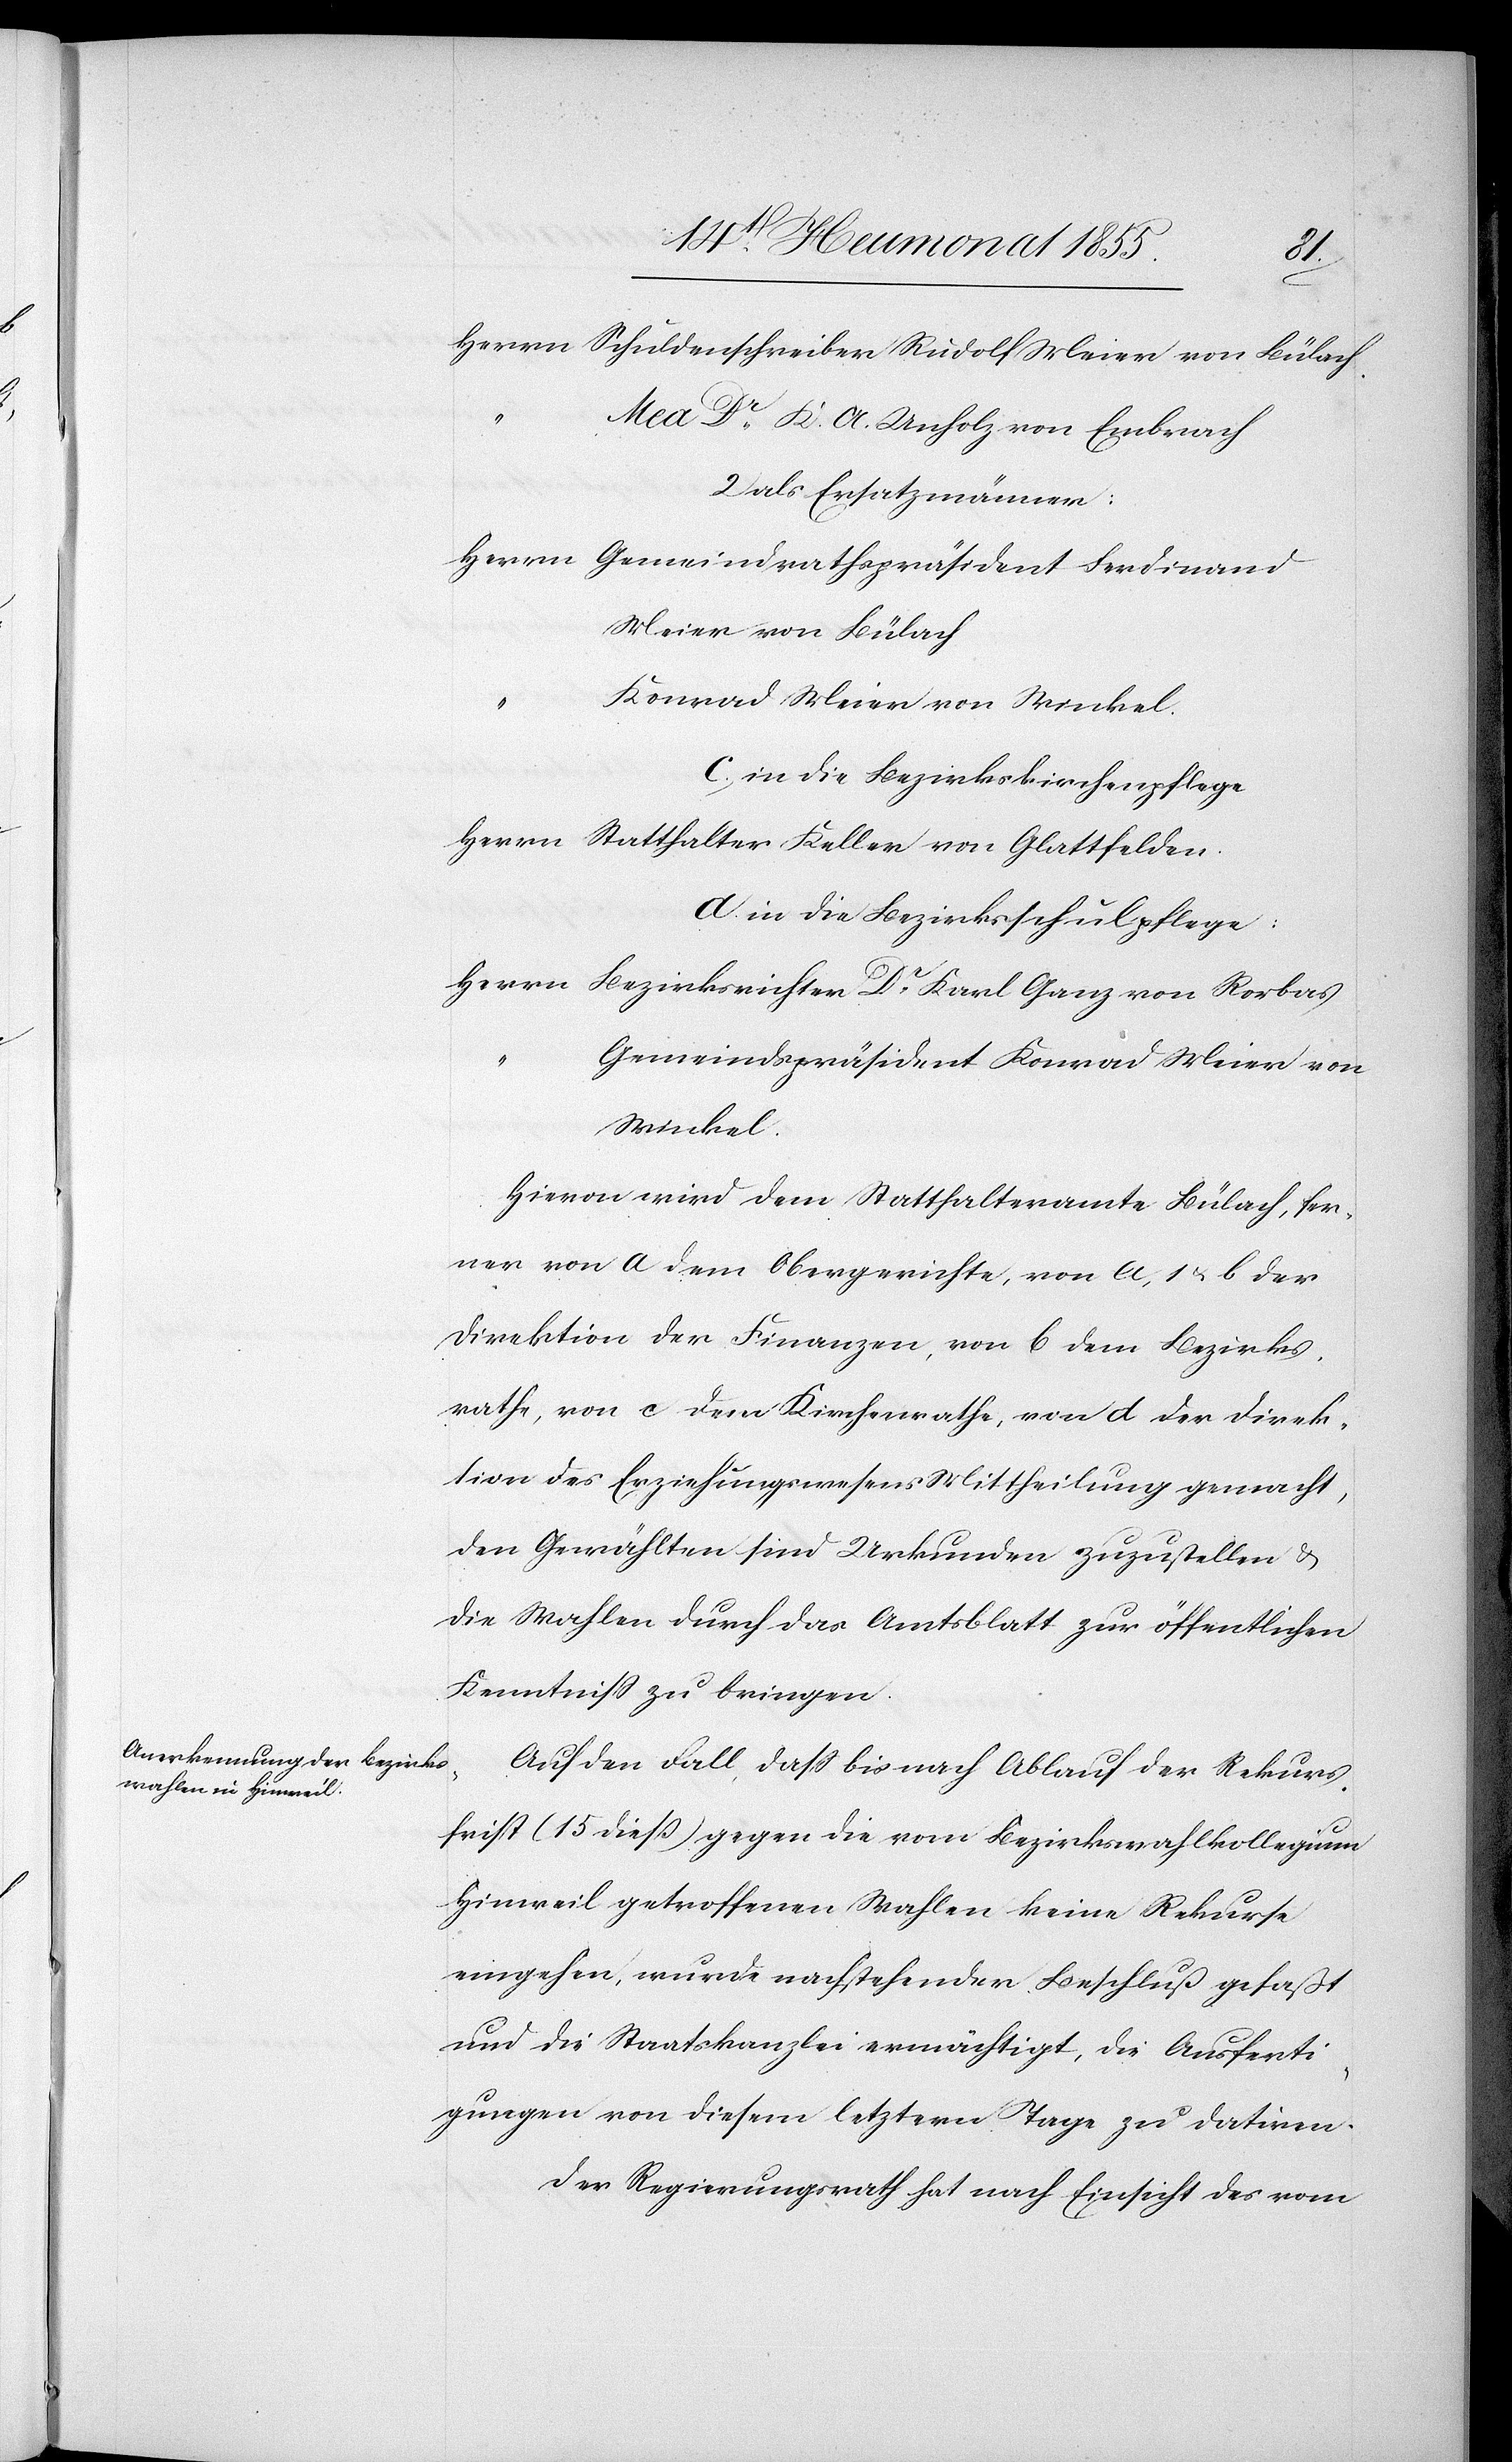
Herrn Schuldenschreiber Rudolf Meier von Bülach.
Med. Dr. K. A. Unholz von Embrach
2 als Ersatzmänner:
Herrn Gemeindrathspräsident Ferdinand
Meier von Bülach
Konrad Meier von Winkel.
c, in die Bezirkskirchenpflege
Herrn Statthalter Keller von Glattfelden.
d. in die Bezirksschulpflege:
Herrn Bezirksrichter Dr. Karl Ganz von Rorbas
Gemeindspräsident Konrad Meier von
Winkel.
Hievon wird dem Statthalteramte Bülach, fer¬
ner von a dem Obergerichte, von a, 1 & b der
Direktion der Finanzen, von b dem Bezirks¬
rathe, von c dem Kirchenrathe, von d der Direk¬
tion des Erziehungswesens Mittheilung gemacht,
den Gewählten sind Urkunden zuzustellen &
die Wahlen durch das Amtsblatt zur öffentlichen
Kenntniss zu bringen.
Auf den Fall, dass bis nach Ablauf der Rekurs¬
frist (15 dieß) gegen die vom Bezirkswahlkollegium
Hinweil getroffenen Wahlen keine Rekurse
eingehen, wurde nachstehender Beschluß gefaßt
und die Staatskanzlei ermächtigt, die Ausferti¬
gungen von diesem letztern Tage zu datiren.
Der Regierungsrath hat nach Einsicht des vom